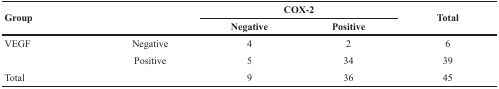
<table><thead><tr><td rowspan="2"><b>Group</b></td><td rowspan="2"></td><td colspan="2"><b>COX-2</b></td><td rowspan="2"><b>Total</b></td></tr><tr><td><b>Negative</b></td><td><b>Positive</b></td></tr></thead><tbody><tr><td>VEGF</td><td>Negative</td><td>4</td><td>2</td><td>6</td></tr><tr><td></td><td>Positive</td><td>5</td><td>34</td><td>39</td></tr><tr><td>Total</td><td></td><td>9</td><td>36</td><td>45</td></tr></tbody></table>